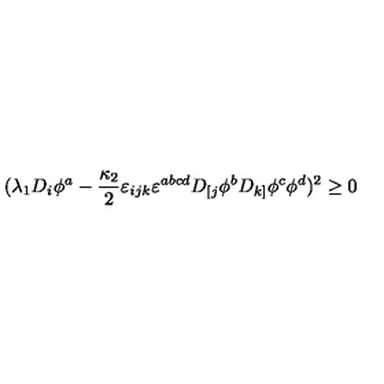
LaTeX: ( \lambda _ { 1 } D _ { i } \phi ^ { a } - \frac { \kappa _ { 2 } } { 2 } \varepsilon _ { i j k } \varepsilon ^ { a b c d } D _ { [ j } \phi ^ { b } D _ { k ] } \phi ^ { c } \phi ^ { d } ) ^ { 2 } \ge 0